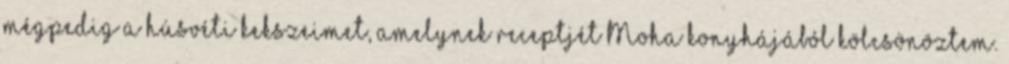
mégpedig a húsvéti kekszeimet, amelynek receptjét Moha konyhájából kölcsönöztem.